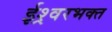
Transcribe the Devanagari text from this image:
ईश्र्वरभक्त